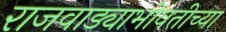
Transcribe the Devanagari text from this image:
राजवाड्याभोवतीच्या